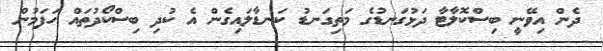
ދެން އިވޭނީ ބިސްކޮލާޓާ ދަޅުގަނޑުގެ މަތިގަނޑު ކަނޑާލައިގެން އެ ކުދި ބިސްކޯދުތައް ހަފަމުން